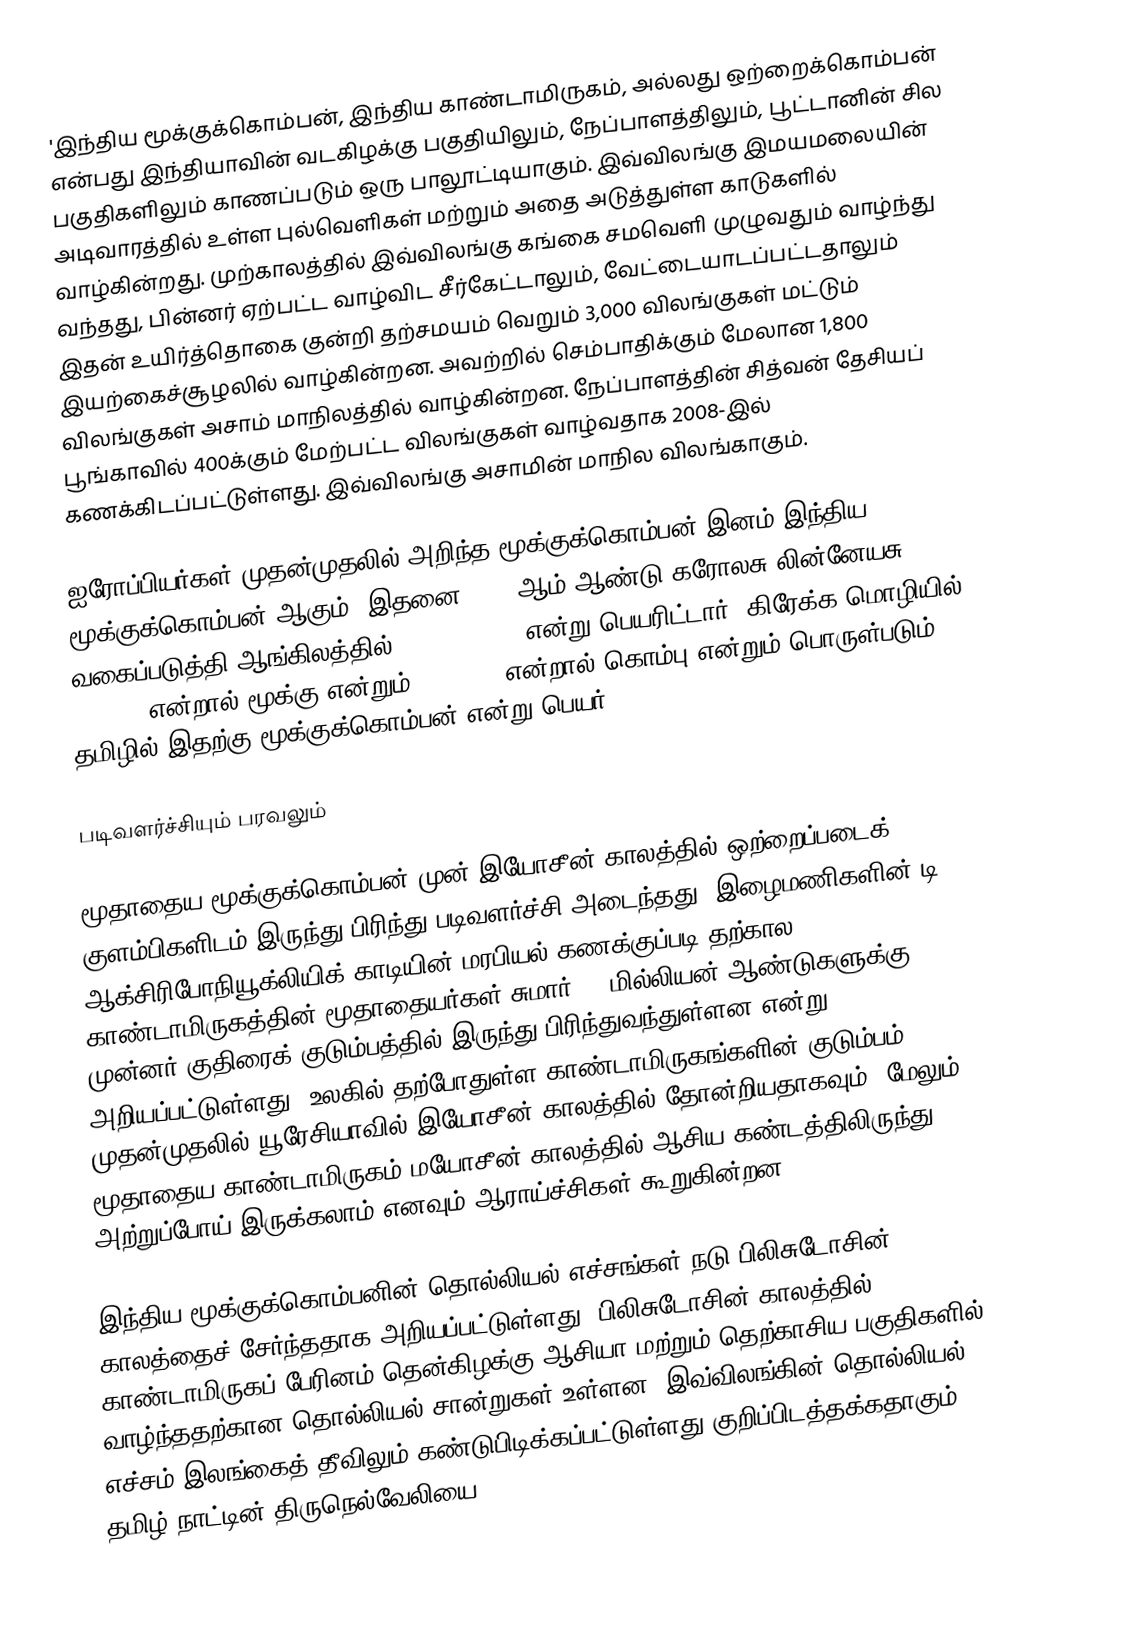
'இந்திய மூக்குக்கொம்பன், இந்திய காண்டாமிருகம், அல்லது ஒற்றைக்கொம்பன் என்பது இந்தியாவின் வடகிழக்கு பகுதியிலும், நேப்பாளத்திலும், பூட்டானின் சில பகுதிகளிலும் காணப்படும் ஒரு பாலூட்டியாகும். இவ்விலங்கு இமயமலையின் அடிவாரத்தில் உள்ள புல்வெளிகள் மற்றும் அதை அடுத்துள்ள காடுகளில் வாழ்கின்றது. முற்காலத்தில் இவ்விலங்கு கங்கை சமவெளி முழுவதும் வாழ்ந்து வந்தது, பின்னர் ஏற்பட்ட வாழ்விட சீர்கேட்டாலும், வேட்டையாடப்பட்டதாலும் இதன் உயிர்த்தொகை குன்றி தற்சமயம் வெறும் 3,000 விலங்குகள் மட்டும் இயற்கைச்சூழலில் வாழ்கின்றன. அவற்றில் செம்பாதிக்கும் மேலான 1,800 விலங்குகள் அசாம் மாநிலத்தில் வாழ்கின்றன. நேப்பாளத்தின் சித்வன் தேசியப் பூங்காவில் 400க்கும் மேற்பட்ட விலங்குகள் வாழ்வதாக 2008-இல் கணக்கிடப்பட்டுள்ளது. இவ்விலங்கு அசாமின்  மாநில விலங்காகும்.

ஐரோப்பியர்கள் முதன்முதலில் அறிந்த மூக்குக்கொம்பன் இனம் இந்திய மூக்குக்கொம்பன் ஆகும். இதனை 1758-ஆம் ஆண்டு கரோலசு லின்னேயசு வகைப்படுத்தி ஆங்கிலத்தில் "Rhinoceros" என்று பெயரிட்டார். கிரேக்க மொழியில்  "rhino" என்றால் மூக்கு என்றும் "ceros"' என்றால் கொம்பு என்றும் பொருள்படும். தமிழில் இதற்கு மூக்குக்கொம்பன் என்று பெயர்.

படிவளர்ச்சியும் பரவலும்

மூதாதைய  மூக்குக்கொம்பன் முன் இயோசீன் காலத்தில் ஒற்றைப்படைக் குளம்பிகளிடம் இருந்து பிரிந்து படிவளர்ச்சி அடைந்தது. இழைமணிகளின் டி ஆக்சிரிபோநியூக்லியிக் காடியின் மரபியல் கணக்குப்படி தற்கால காண்டாமிருகத்தின் மூதாதையர்கள் சுமார் 50 மில்லியன் ஆண்டுகளுக்கு முன்னர் குதிரைக் குடும்பத்தில் இருந்து பிரிந்துவந்துள்ளன என்று அறியப்பட்டுள்ளது. உலகில் தற்போதுள்ள காண்டாமிருகங்களின் குடும்பம் முதன்முதலில் யூரேசியாவில் இயோசீன் காலத்தில் தோன்றியதாகவும், மேலும் மூதாதைய காண்டாமிருகம் மயோசீன் காலத்தில் ஆசிய கண்டத்திலிருந்து அற்றுப்போய் இருக்கலாம் எனவும் ஆராய்ச்சிகள் கூறுகின்றன.

இந்திய மூக்குக்கொம்பனின் தொல்லியல் எச்சங்கள் நடு பிலிசுடோசின் காலத்தைச் சேர்ந்ததாக அறியப்பட்டுள்ளது. பிலிசுடோசின் காலத்தில் காண்டாமிருகப் பேரினம் தென்கிழக்கு ஆசியா மற்றும் தெற்காசிய பகுதிகளில் வாழ்ந்ததற்கான தொல்லியல் சான்றுகள் உள்ளன. இவ்விலங்கின் தொல்லியல் எச்சம் இலங்கைத் தீவிலும் கண்டுபிடிக்கப்பட்டுள்ளது குறிப்பிடத்தக்கதாகும். தமிழ் நாட்டின் திருநெல்வேலியை